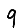
Digit: 9